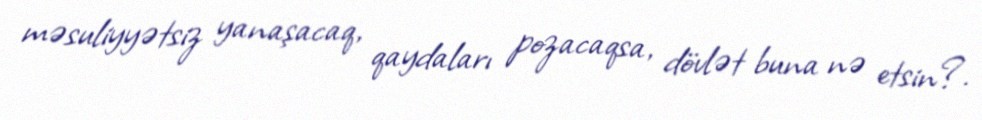
məsuliyyətsiz yanaşacaq, qaydaları pozacaqsa, dövlət buna nə etsin?.